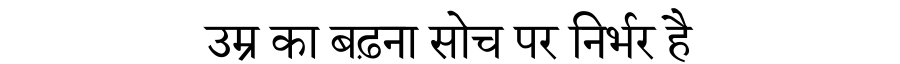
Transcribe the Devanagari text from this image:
उम्र का बढ़ना सोच पर निर्भर है